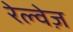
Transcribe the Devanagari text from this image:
रेल्वेज़